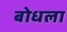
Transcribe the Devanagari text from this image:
बोधला